Civil Veterinary Dept. North-West Frontier Province 1923-32 - 1923-1932
Year: 1923
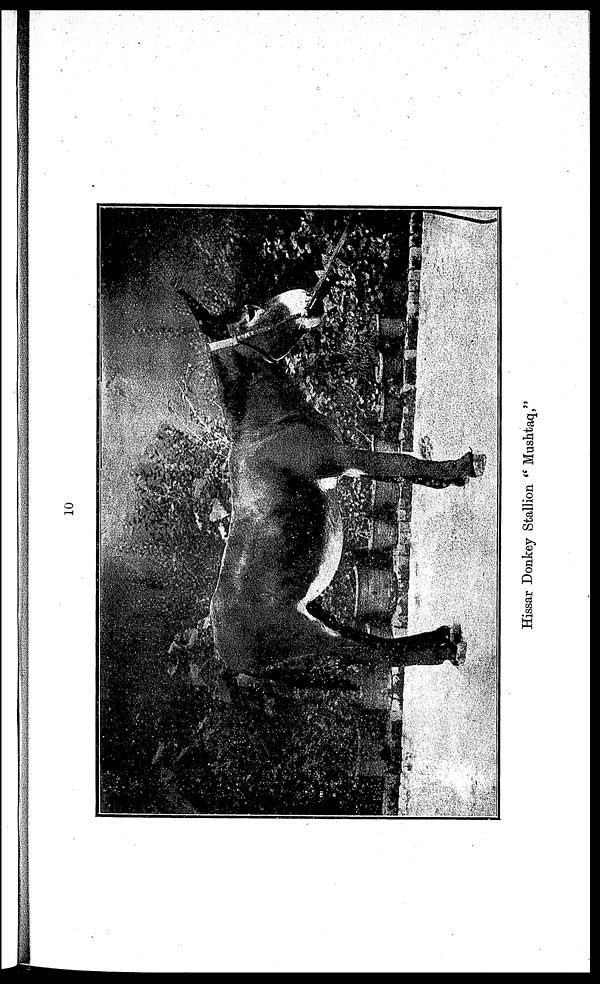
i
TABLE II
Statement showing number of deaths from contagious diseases amongst animals during the year 1931-32
Ditrict of agency
1
Peshawar ...
Hazara ...
Kohat ...
Bannu
Dera Ismail Khan ...
Kurram ...
Total
...
Equines
Glanders
2
...
3/ 3
1/1
...
1/1
...
...
5/5
Anthrax
3
10/10
...
...
...
...
...
...
10/10
Surra
4
1/ X
...
...
...
3/X
...
...
4/X
Dourine
5
...
...
...
...
...
...
...
...
Other
conta-
gious diseases
6
...
...
...
...
3
...
...
3/X
Total
7
11/30
3/3
1/1
...
7/1
...
...
22/15
Bovines
Rinderpest
8
84/43
191/137
...
...
...
...
...
275/180
Foot-and-mouth
disease
9
126/X
471/X
296/X
369/X
823/X
406/X
...
2591/X
Hæmorrhagic
septicæmia
10
422/308
245/210
178/97
226/145
37/29
...
10/10
1113/792
Black quarter
11
150/147
43/38
6/6
...
22/21
...
...
221/218
Anthrax
12
70/70
18/18
...
...
...
...
...
88/88
Other conta-
gious diseases
13
143/75
...
1/X
10/10
...
...
...
154/85
Total
14
1095/643
968/403
481/103
605/155
882/44
406/X
10/10
4447/1358
Others
Rinderpest
15
...
...
...
...
...
...
...
...
Foot-and-mouth
disease
16
...
105/X
156/X
36/Y
346/X
157/X
...
539/X
Anthrax
17
40/40
...
...
...
...
...
...
40/40
Other conta-
gious diseases
18
...
14/6
677/91
...
...
22/20
...
713/117
Total
19
40/40
119/6
833/91
36/X
245/X
179/20
...
1452/157
Remarks
20